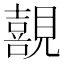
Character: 𭌊